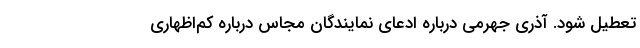
تعطیل شود. آذری جهرمی درباره ادعای نمایندگان مجاس درباره کم‌اظهاری